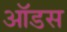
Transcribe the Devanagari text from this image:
ऑडस